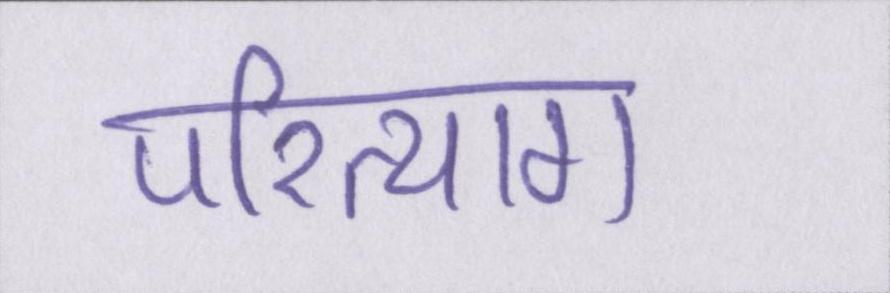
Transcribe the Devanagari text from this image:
परित्याग